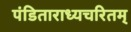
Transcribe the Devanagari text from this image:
पंडिताराध्यचरितम्